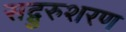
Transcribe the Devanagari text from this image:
सद्गुरुशरण